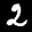
Label: 2